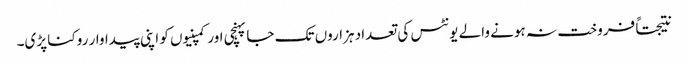
نتیجتاً فروخت نہ ہونے والے یونٹس کی تعداد ہزاروں تک جا پہنچی اور کمپنیوں کو اپنی پیداوار روکنا پڑی۔